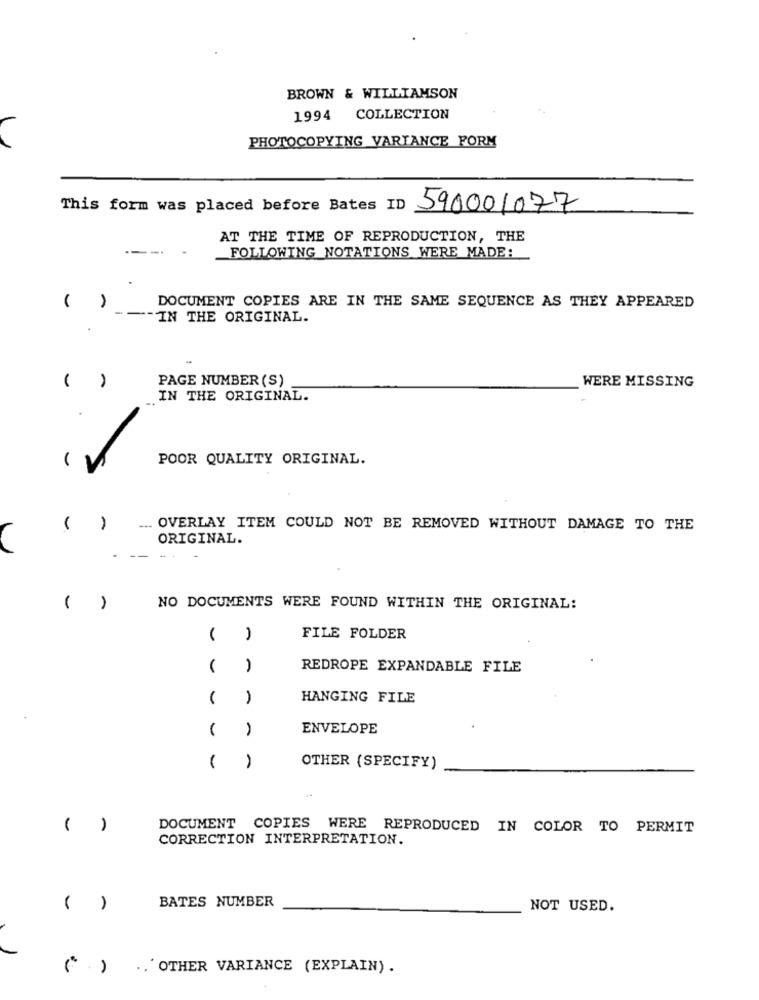
BROWN & WILLIAMSON
1994 COLLECTION
PHOTOCOPYING VARIANCE FORM
This form was placed before Bates ID
590001077
AT THE TIME OF REPRODUCTION, THE
FOLLOWING NOTATIONS WERE MADE:
DOCUMENT COPIES ARE IN THE SAME SEQUENCE AS THEY APPEARED
( )
-IN THE ORIGINAL.
PAGE NUMBER (S)
WERE MISSING
IN THE ORIGINAL.
POOR QUALITY ORIGINAL.
. OVERLAY ITEM COULD NOT BE REMOVED WITHOUT DAMAGE TO THE
ORIGINAL.
( )
NO DOCUMENTS WERE FOUND WITHIN THE ORIGINAL:
-
FILE FOLDER
REDROPE EXPANDABLE FILE
HANGING FILE
,
ENVELOPE
OTHER (SPECIFY)
DOCUMENT COPIES WERE REPRODUCED IN COLOR TO PERMIT
CORRECTION INTERPRETATION.
BATES NUMBER
NOT USED.
.. OTHER VARIANCE (EXPLAIN) .